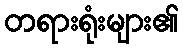
တရားရုံးများ၏